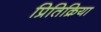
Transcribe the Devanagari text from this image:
प्रितिक्रिया